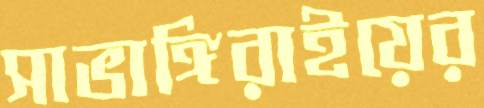
সাভাঙ্গিরাইয়ের